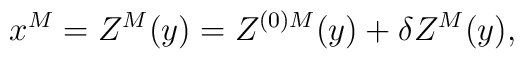
x^M = Z^M(y) = Z^{(0)M}(y) + \delta Z^M(y),